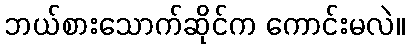
ဘယ်စားသောက်ဆိုင်က ကောင်းမလဲ။